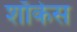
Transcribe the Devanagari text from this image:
शाॅकेस